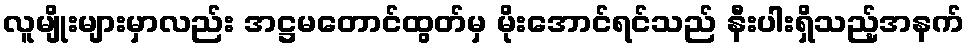
လူမျိုးများမှာလည်း အဋ္ဌမတောင်ထွတ်မှ မိုးအောင်ရင်သည် နီးပါးရှိသည့်အနက်